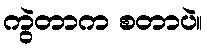
ကွဲတာက စတာပဲ။